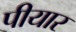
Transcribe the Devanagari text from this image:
पीयार